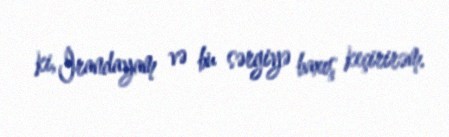
ki, İrandayam və bu sərgiyə baxış keçirirəm.